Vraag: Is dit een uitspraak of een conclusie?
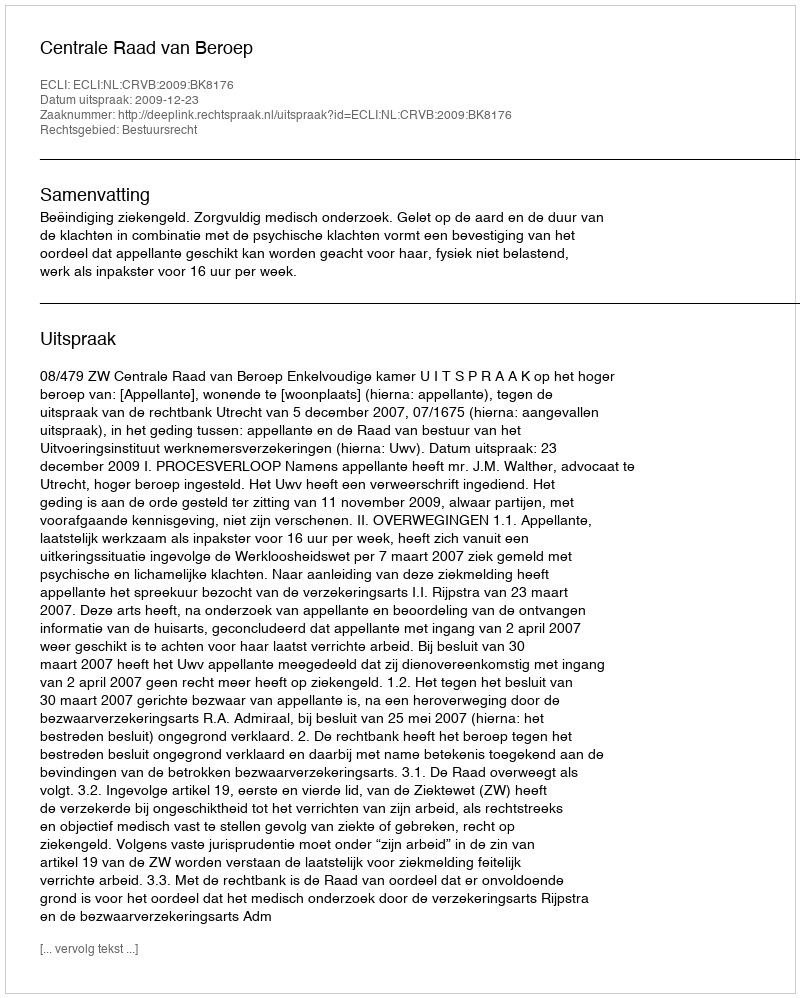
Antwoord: Uitspraak